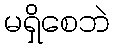
မရှိစေဘဲ